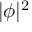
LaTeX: | \phi | ^ { 2 }